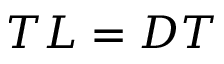
T L = D T